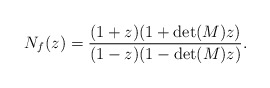
\begin{align*} N_f(z)=\dfrac{(1+z)(1+\det(M)z)} {(1-z)(1-\det(M)z)}. \end{align*}